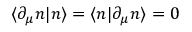
\langle \partial _ { \mu } n | n \rangle = \langle n | \partial _ { \mu } n \rangle = 0